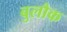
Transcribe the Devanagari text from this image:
बुलौक